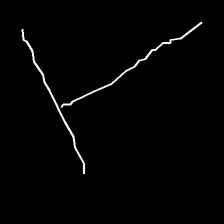
Glyph: column